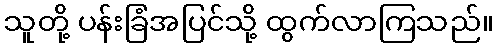
သူတို့ ပန်းခြံအပြင်သို့ ထွက်လာကြသည်။